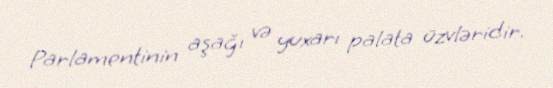
Parlamentinin aşağı və yuxarı palata üzvləridir.